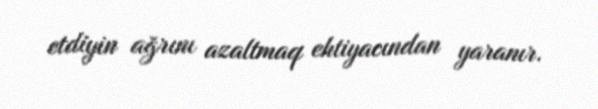
etdiyin ağrını azaltmaq ehtiyacından yaranır.